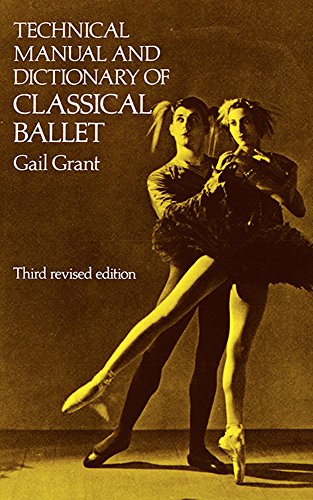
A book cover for Technical Manual and Dictionary of Classical Ballet (Dover Books on Dance); Gail Grant; Humor & Entertainment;